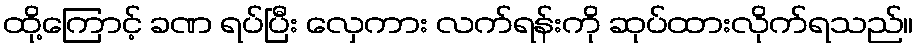
ထို့ကြောင့် ခဏ ရပ်ပြီး လှေကား လက်ရန်းကို ဆုပ်ထားလိုက်ရသည်။